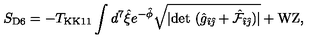
S _ { \mathrm { D 6 } } = - T _ { \mathrm { K K 1 1 } } \int d ^ { 7 } \hat { \xi } e ^ { - \hat { \phi } } \sqrt { | \mathrm { d e t } \ ( \hat { g } _ { \hat { \imath } \hat { \jmath } } + { \hat { \cal F } } _ { \hat { \imath } \hat { \jmath } } ) | } + \mathrm { W Z } ,